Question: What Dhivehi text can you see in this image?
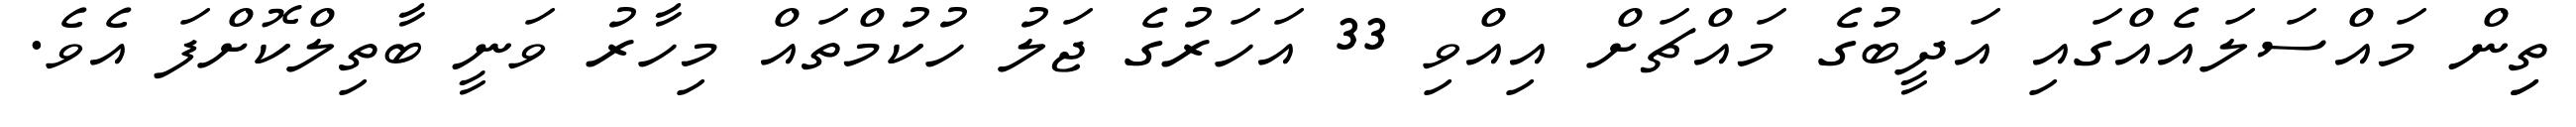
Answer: ތިިން މައްސަލައެއްގައި އަދީބުގެ މައްޗަށް އިއްވި 33 އަހަރުގެ ޖަލު ހުކުމްތައް މިހާރު ވަނީ ބާތިލްކޮށްފަ އެވެ.